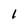
Character: l